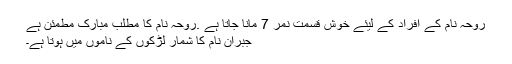
روحہ نام کے افراد کے لیئے خوش قسمت نمر 7 مانا جاتا ہے .روحہ نام کا مطلب مبارک مطمئن ہے
جبران نام کا شمار لڑکوں کے ناموں میں ہوتا ہے۔